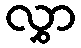
လွှာ